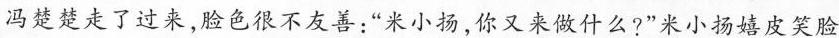
冯楚楚走了过来，脸色很不友善“米小扬，你又来做什么?”米小扬嬉皮笑脸